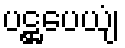
ပဋ္ဌပေယျံ